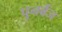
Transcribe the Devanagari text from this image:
पुनर्बैज